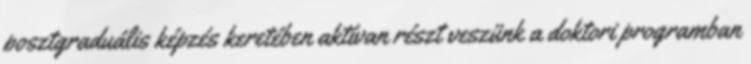
posztgraduális képzés keretében aktívan részt veszünk a doktori programban